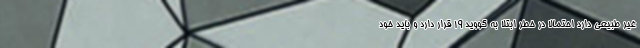
غیر طبیعی دارد احتمالا در خطر ابتلا به کووید ۱۹ قرار دارد و باید خود